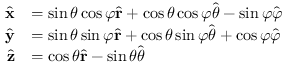
{ \begin{array} { r l } { { \hat { \mathbf { x } } } } & { = \sin \theta \cos \varphi { \hat { \mathbf { r } } } + \cos \theta \cos \varphi { \hat { \boldsymbol { \theta } } } - \sin \varphi { \hat { \boldsymbol { \varphi } } } } \\ { { \hat { \mathbf { y } } } } & { = \sin \theta \sin \varphi { \hat { \mathbf { r } } } + \cos \theta \sin \varphi { \hat { \boldsymbol { \theta } } } + \cos \varphi { \hat { \boldsymbol { \varphi } } } } \\ { { \hat { \mathbf { z } } } } & { = \cos \theta { \hat { \mathbf { r } } } - \sin \theta { \hat { \boldsymbol { \theta } } } } \end{array} }